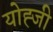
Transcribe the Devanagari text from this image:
योह्जी